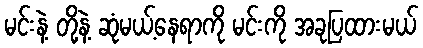
မင်းနဲ့ တို့နဲ့ ဆုံမယ့်နေရာကို မင်းကို အခုပြထားမယ်